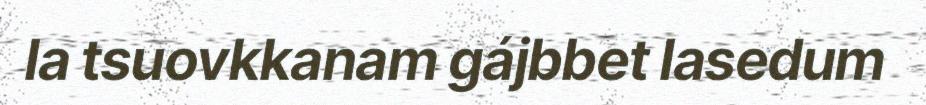
la tsuovkkanam gájbbet lasedum